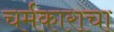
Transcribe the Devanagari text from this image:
चर्मकाराचा